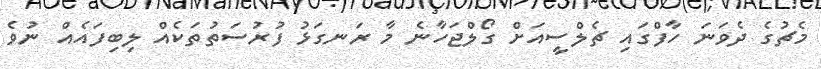
މެޗުގެ ދެވަނަ ހާފްގައި ޗެލްސީއަށް ގޯލްޖަހާނެ މާ ރަނގަޅު ފުރުސަތުތަކެއް ލިބިފައެއް ނުވެ